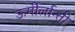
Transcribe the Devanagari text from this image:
ऊर्मीर्लान्ती